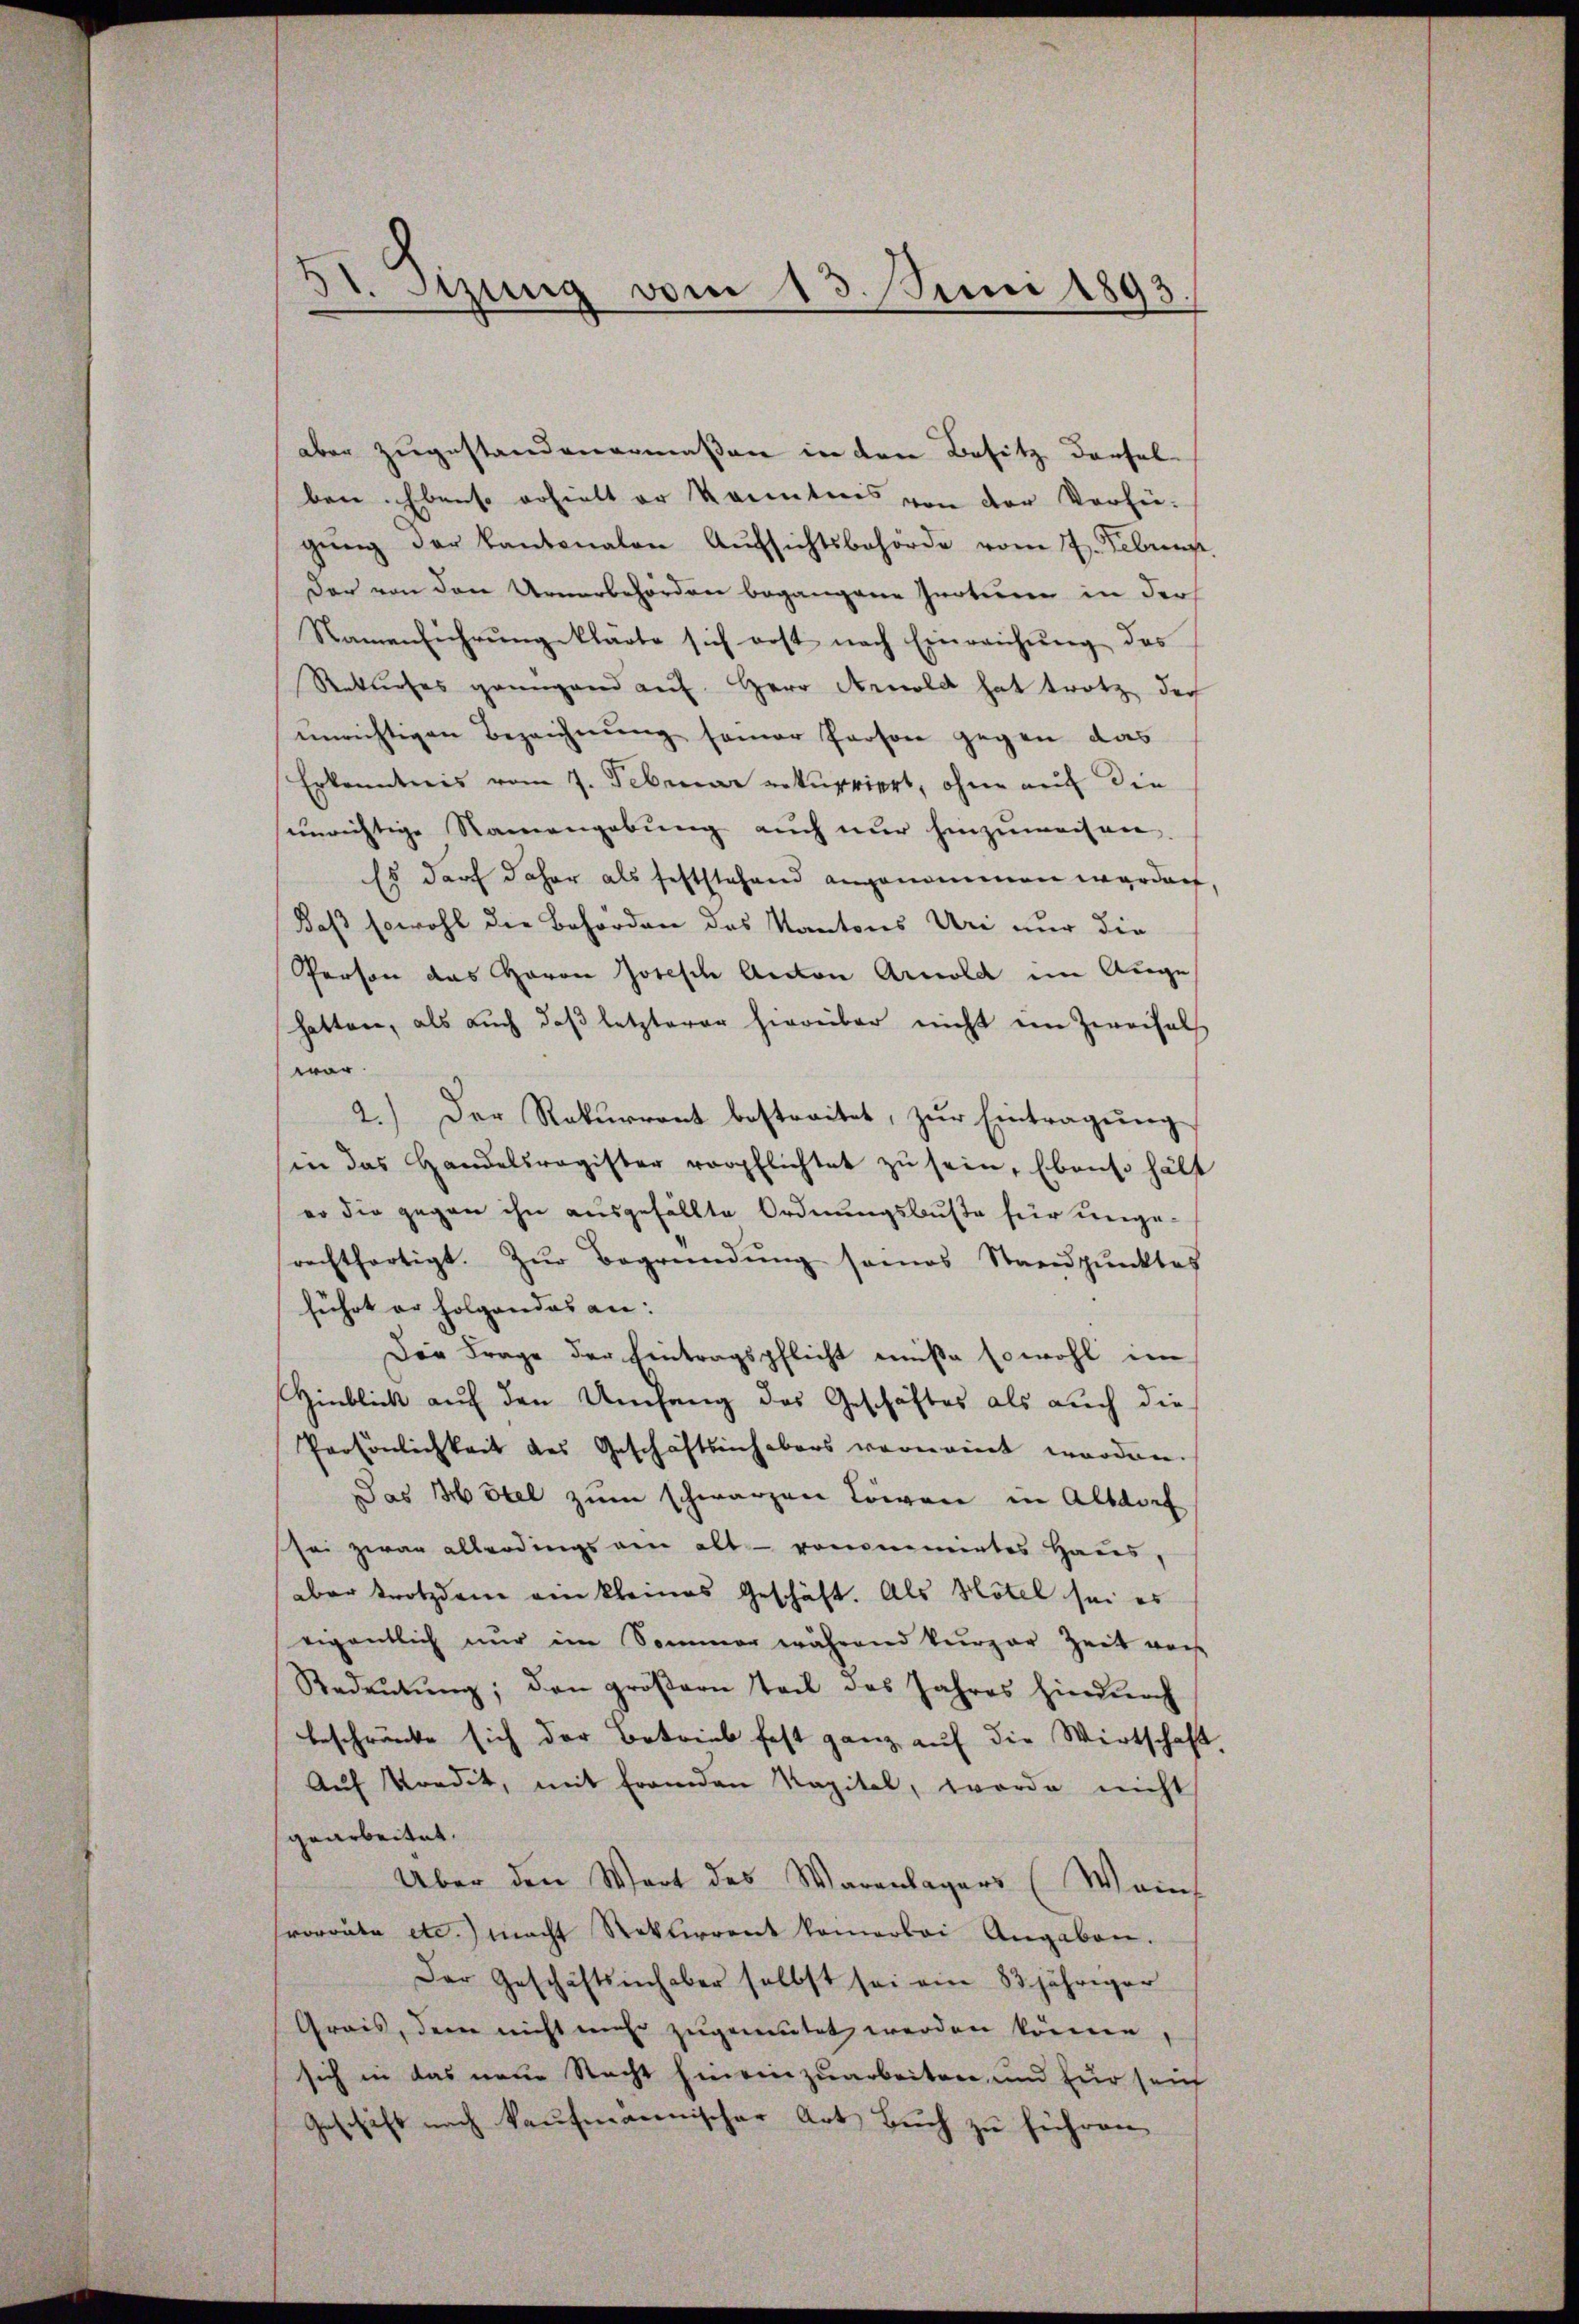
d. Sitzung vom 13. Juni 1893

aber zugestandenermaßen in den Besitz derfel
ben. Ebenso erhielt er kanntnis von der Verfü-
gŭng der Kantonalen Aŭfsichtsbehörde vom 7. Februns
Der von den Urnerbehörden begangene Inotum in der
Namenführung klärte sich erst nach Einreichung des
Rekurses geingend auf Herr Arnold hat trotz doch
unrichtigen Bezeichnung seiner Person gegen das
Erkenntnis vom 7. Februar rekurriert, ohne auf die
unrichtige Namengebung auch nur hinzumachen.
Es darf daher als feststehend angenommen werden,
Daß sowohl die Behörden des Kantones Ure nur die
Person das Herrn Josesch Anton Arnold im Auge
hatten, als auch daß letzterer hierüber nicht ein Zweifelh
war.
2.) Der Rekŭrrent bestreitet, zŭr Eintragŭng
in das Handelsregister verpflichtet zu sein, Ebenso hälft
eo die gegen ihn ausgefällte Ordnungsbuste für ungerechtfertigt. Zŭr Begründung seines Standpŭnktes
führt er folgendes an:
Der Frage der Eintragspflicht müße sowohl im
Hinblick auf den Umfang des Geschäftes als auch die
Persönlichkeit des Geschäftsinhabers vernannt worden.
Das Hotel zum schwarzen Löwen in Altdorf
sei zwar allerdings am altrononmietes Haus,
aber trotzdem ein kleines Geschäft. Als Hotel sei es
eigentlich nur im Sommer während kurzer Zeit noch
Redeutung; den größern Teil des Jahres hierdurch
beschränke sich der Betrieb fest ganz auf die Wirtschaft,
Auf Kredit, mit Franden Kapital, worde nicht
gearbeitet.
Über den Wort des Warenlagers (Weinf
vorräte etc.) macht Rekurrent keinerlei Angaben.
Der Geschäftsinhaber selbst sei ein 83 jähriger
Grais, dem nicht mehr zugemutet werden könne
sich in das neue Nacht hineinzuarbeiten und für sein
Geschäft nach kaufmannischer Art Buch zu führen